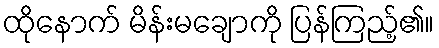
ထိုနောက် မိန်းမချောကို ပြန်ကြည့်၏။